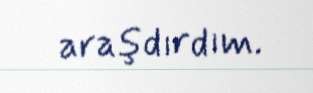
araşdırdım.